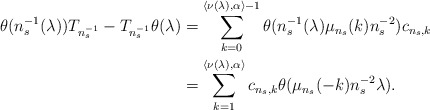
\begin{align*}\theta(n_s^{-1}(\lambda))T_{n_s^{-1}} - T_{n_s^{-1}}\theta(\lambda)& = \sum_{k = 0}^{\langle \nu(\lambda),\alpha\rangle - 1}\theta(n_s^{-1}(\lambda)\mu_{n_s}(k)n_s^{-2})c_{n_s,k}\\& = \sum_{k = 1}^{\langle \nu(\lambda),\alpha\rangle}c_{n_s,k}\theta(\mu_{n_s}(-k)n_s^{-2}\lambda).\end{align*}